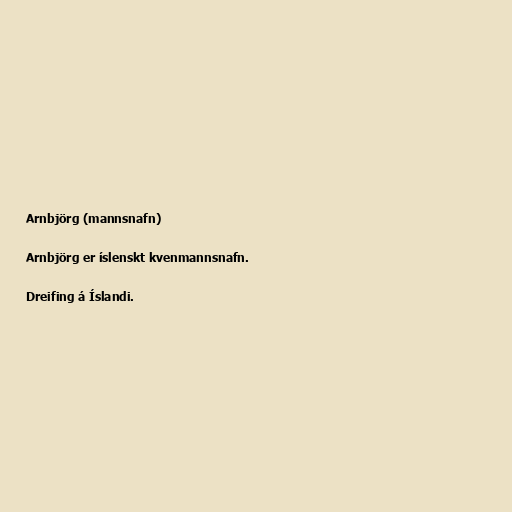
Arnbjörg (mannsnafn)

Arnbjörg er íslenskt kvenmannsnafn.

Dreifing á Íslandi.